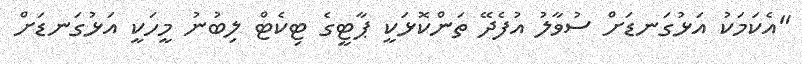
"އެކަމަކު އަޅުގަނޑަށް ސުވާލު އުފެދޭ ތަންކޮޅަކީ ޕާޓީގެ ޓިކެޓް ލިބުނު މީހަކީ އަޅުގަނޑަށް